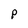
Character: P